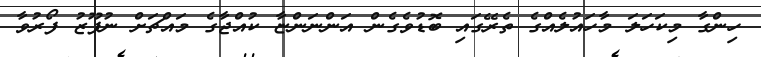
ހިންގާ މިކަހަލަ މާހައުލެއްގެ ތެރޭގައި ބޮޑުވެގެން އަންނަންޏާ ކުއްޖާގެ މައްޗަށް ނުފޫޒު ފޯރުވާ